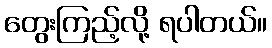
တွေးကြည့်လို့ ရပါတယ်။